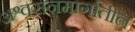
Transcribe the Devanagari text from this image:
अश्वसनमार्गातील